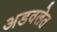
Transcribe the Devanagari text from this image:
अडवलेत